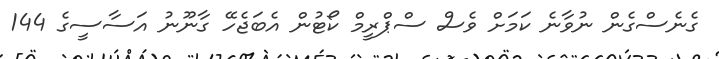
ގެނެސްގެން ނުވާނެ ކަމަށް ވެސް ސްޕްރީމް ކޯޓުން އެބަޖެހޭ ގާނޫނު އަސާސީގެ 144